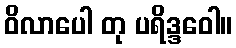
ဝိလာပေါ တု ပရိဒ္ဒဝေါ။